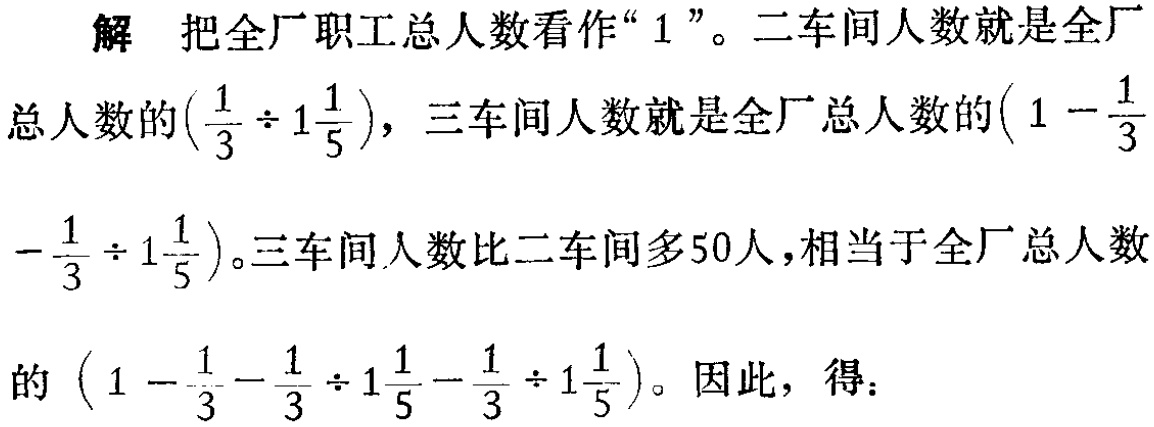
如果按第一种方式付费，每月需付